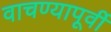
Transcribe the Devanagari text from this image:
वाचण्यापूर्वी